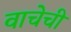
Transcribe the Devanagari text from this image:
वाचेची